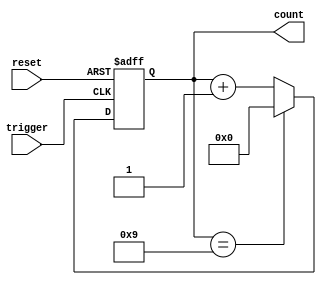
module BCD_Asynchronous_Counter (
    input wire trigger,          // Input trigger signal for counting
    input wire reset,            // Active high reset signal
    output reg [3:0] count       // 4-bit output to represent the BCD count
);

// Always block to handle asynchronous reset and counting
always @(posedge trigger or posedge reset) begin
    if (reset) begin
        count <= 4'b0000;        // Reset the count to 0
    end else begin
        if (count == 4'b1001) begin
            count <= 4'b0000;    // Reset to 0 after reaching 9
        end else begin
            count <= count + 1;  // Increment the count
        end
    end
end

endmodule